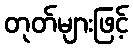
တုတ်များဖြင့်